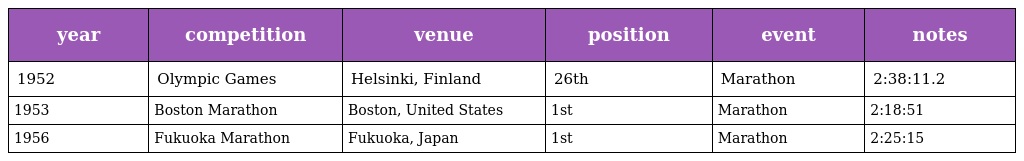
| year | competition | venue | position | event | notes |
 | --- | --- | --- | --- | --- | --- |
 | 1952 | Olympic Games | Helsinki, Finland | 26th | Marathon | 2:38:11.2 |
 | 1953 | Boston Marathon | Boston, United States | 1st | Marathon | 2:18:51 |
 | 1956 | Fukuoka Marathon | Fukuoka, Japan | 1st | Marathon | 2:25:15 |